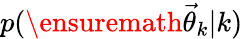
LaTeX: p(\ensuremath{\vec{\theta}}_{k}|k)